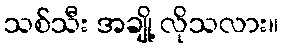
သစ်သီး အချို့ လိုသလား။